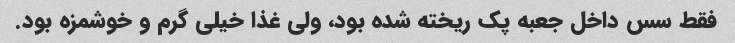
فقط سس داخل جعبه پک ریخته شده بود، ولی غذا خیلی گرم و خوشمزه بود.